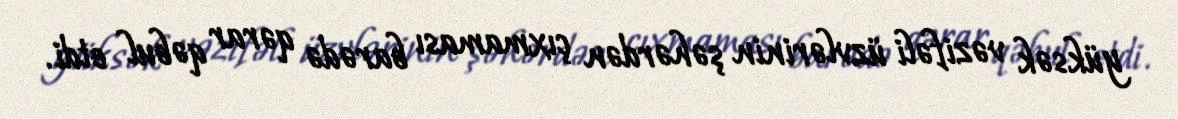
yüksək vəzifəli üzvlərinin şəhərdən çıxmaması barədə qərar qəbul etdi.